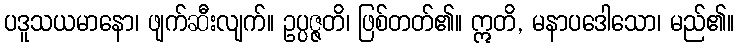
ပဒူသယမာနော၊ ဖျက်ဆီးလျက်။ ဥပ္ပဇ္ဇတိ၊ ဖြစ်တတ်၏။ ဣတိ, မနာပဒေါသော၊ မည်၏။